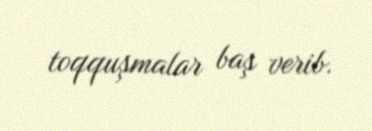
toqquşmalar baş verib.